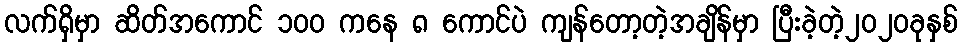
လက်ရှိမှာ ဆိတ်အကောင် ၁၀၀ ကနေ ၈ ကောင်ပဲ ကျန်တော့တဲ့အချိန်မှာ ပြီးခဲ့တဲ့၂၀၂၀ခုနှစ်